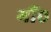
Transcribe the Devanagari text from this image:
मौं०